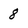
Character: 8